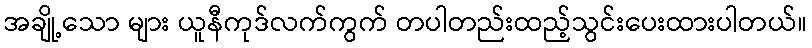
အချို့သော များ ယူနီကုဒ်လက်ကွက် တပါတည်းထည့်သွင်းပေးထားပါတယ်။